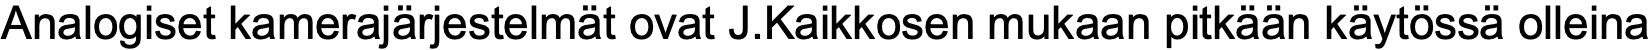
Analogiset kamerajärjestelmät ovat J.Kaikkosen mukaan pitkään käytössä olleina